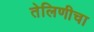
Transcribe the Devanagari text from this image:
तेलिणीचा